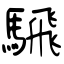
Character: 騛